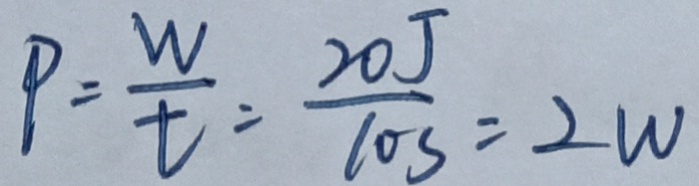
P = \frac { W } { t } = \frac { 2 0 J } { 1 0 s } = 2 W